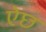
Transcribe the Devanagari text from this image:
ऐछ